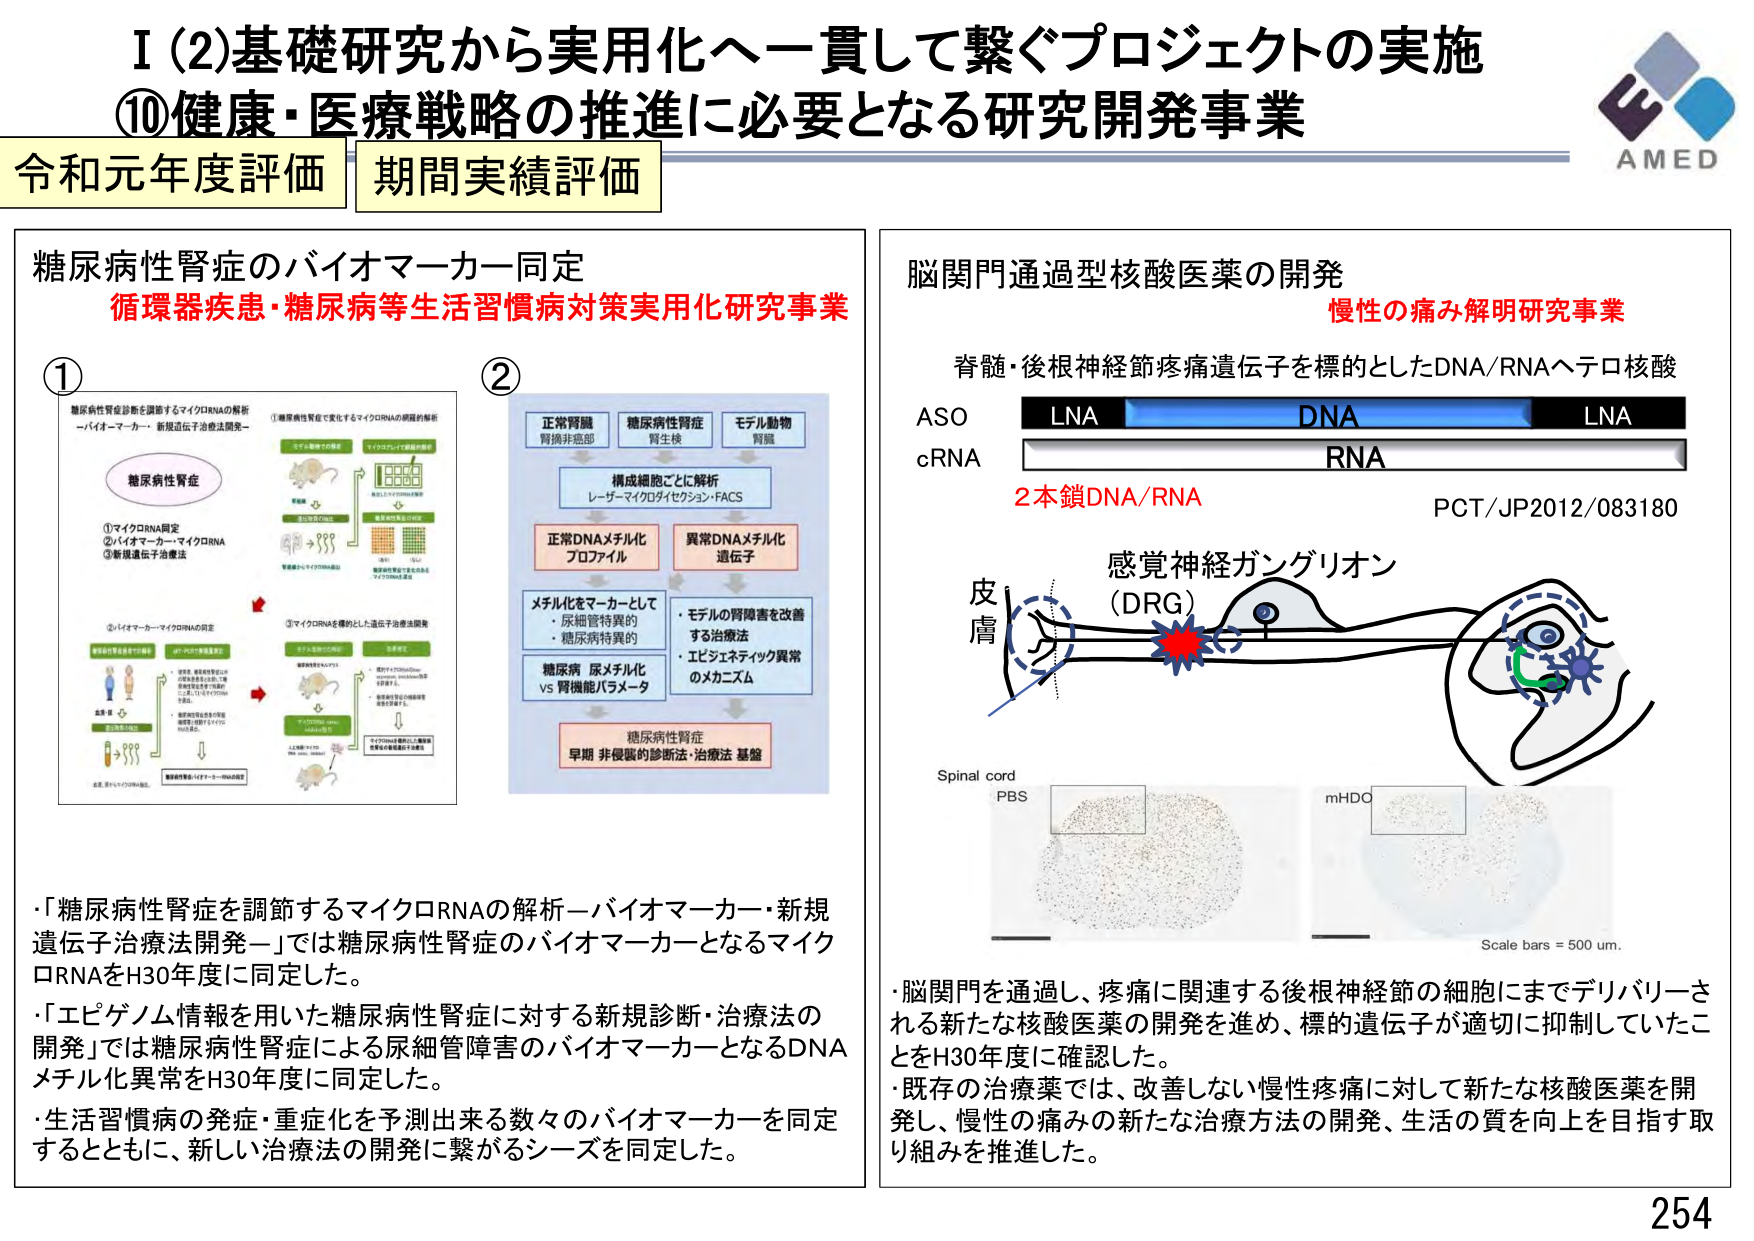
I (2) 基礎研究から実用化へ一貫して繋ぐプロジェクトの実施
⑩ 健康・医療戦略の推進に必要となる研究開発事業
令和元年度評価 期間実績評価

糖尿病性腎症のバイオマーカー同定
循環器疾患・糖尿病等生活習慣病対策実用化研究事業

①
糖尿病性腎症を調節するマイクロRNAの解析
－バイオマーカー・新規遺伝子治療法開発－
糖尿病性腎症
①マイクロRNA同定
②バイオマーカー・マイクロRNA
③新規遺伝子治療法
②バイオマーカー・マイクロRNAの同定
③マイクロRNAを標的とした遺伝子治療法開発

②
正常腎臓
腎摘非癌部
糖尿病性腎症
腎生検
モデル動物
腎臓
構成細胞ごとに解析
レーザーマイクロディセクション・FACS
正常DNAメチル化
プロファイル
異常DNAメチル化
遺伝子
メチル化をマーカーとして
・尿細管特異的
・糖尿病特異的
糖尿病 尿メチル化
vs 腎機能パラメータ
・モデルの腎障害を改善
する治療法
・エピジェネティック異常
のメカニズム
糖尿病性腎症
早期 非侵襲的診断法・治療法 基盤

・「糖尿病性腎症を調節するマイクロRNAの解析－バイオマーカー・新規遺伝子治療法開発－」では糖尿病性腎症のバイオマーカーとなるマイクロRNAをH30年度に同定した。
・「エピゲノム情報を用いた糖尿病性腎症に対する新規診断・治療法の開発」では糖尿病性腎症による尿細管障害のバイオマーカーとなるDNAメチル化異常をH30年度に同定した。
・生活習慣病の発症・重症化を予測出来る数々のバイオマーカーを同定するとともに、新しい治療法の開発に繋がるシーズを同定した。

脳関門通過型核酸医薬の開発
慢性の痛み解明研究事業
脊髄・後根神経節疼痛遺伝子を標的としたDNA/RNAヘテロ核酸
ASO LNA DNA LNA
cRNA RNA
2本鎖DNA/RNA
PCT/JP2012/083180
感覚神経ガングリオン
(DRG)
皮膚
Spinal cord
PBS
mHDO
Scale bars = 500 μm.
・脳関門を通過し、疼痛に関連する後根神経節の細胞にまでデリバリーされる新たな核酸医薬の開発を進め、標的遺伝子が適切に抑制していたことをH30年度に確認した。
・既存の治療薬では、改善しない慢性疼痛に対して新たな核酸医薬を開発し、慢性の痛みの新たな治療方法の開発、生活の質を向上を目指す取り組みを推進した。

AMED
254